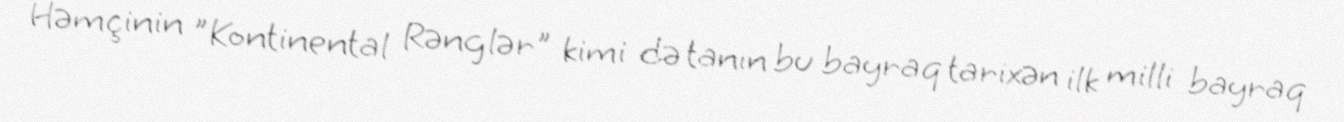
Həmçinin "Kontinental Rənglər" kimi də tanın bu bayraq tarixən ilk milli bayraq